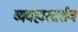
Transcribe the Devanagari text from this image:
व्यवहारदर्शन